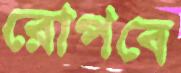
রোপবে